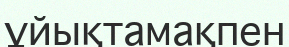
ұйықтамақпен